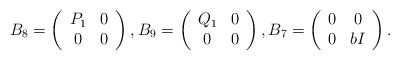
\begin{align*}B_8=\left(\begin{array}{cc}P_1 & 0 \\ 0 & 0\end{array}\right),B_9=\left(\begin{array}{cc}Q_1 & 0 \\ 0 & 0 \end{array}\right),B_7=\left(\begin{array}{cc}0 & 0 \\ 0 & bI \end{array}\right).\end{align*}